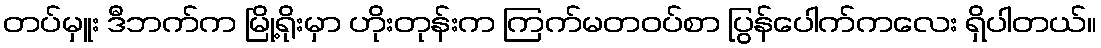
တပ်မှူး ဒီဘက်က မြို့ရိုးမှာ ဟိုးတုန်းက ကြက်မတဝပ်စာ ပြွန်ပေါက်ကလေး ရှိပါတယ်။